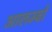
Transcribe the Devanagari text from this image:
आलम्बों